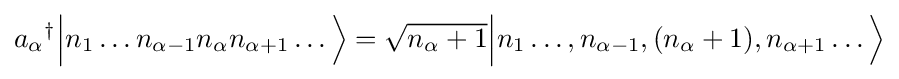
{a_{\alpha }}^{\dagger }{\Big |}n_{1}\ldots n_{\alpha -1}n_{\alpha }n_{\alpha +1}\ldots {\Big \rangle }={\sqrt {n_{\alpha }+1}}{\Big |}n_{1}\ldots ,n_{\alpha -1},(n_{\alpha }+1),n_{\alpha +1}\ldots {\Big \rangle }